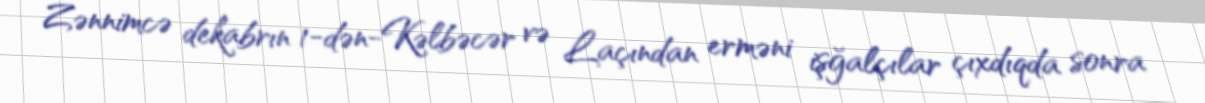
Zənnimcə dekabrın 1-dən-Kəlbəcər və Laçından erməni işğalçılar çıxdıqda sonra